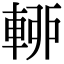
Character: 𨌡